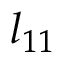
l _ { 1 1 }